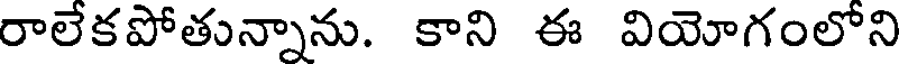
రాలేకపోతున్నాను. కాని ఈ వియోగంలోని